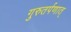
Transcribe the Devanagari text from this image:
गुरुतर्पणात्